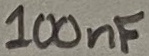
Text: 100nF